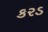
કરડ